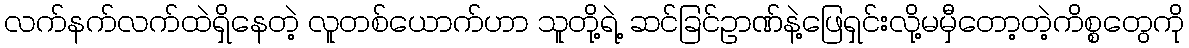
လက်နက်လက်ထဲရှိနေတဲ့ လူတစ်ယောက်ဟာ သူတို့ရဲ့ ဆင်ခြင်ဥာဏ်နဲ့ဖြေရှင်းလို့မမှီတော့တဲ့ကိစ္စတွေကို